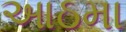
આઠમા